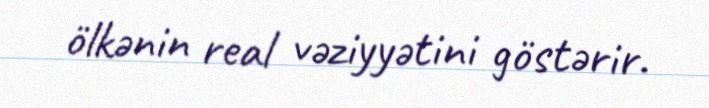
ölkənin real vəziyyətini göstərir.